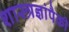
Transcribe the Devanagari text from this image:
शास्त्रज्ञांपैकी